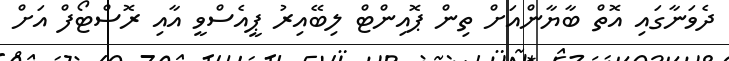
ދެވަނާގައި އޮތް ބާޔާންއަށް ތިން ޕޮއިންޓް ލިބޭއިރު ޕީއެސްވީ އާއި ރޮސްޓޯފް އަށް